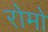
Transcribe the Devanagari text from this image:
रोमो